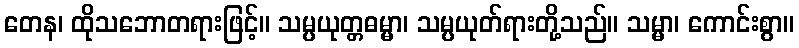
တေန၊ ထိုသဘောတရားဖြင့်။ သမ္ပယုတ္တဓမ္မာ၊ သမ္ပယုတ်ရားတို့သည်။ သမ္မာ၊ ကောင်းစွာ။